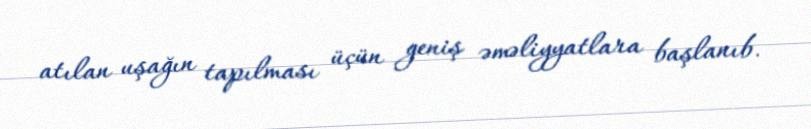
atılan uşağın tapılması üçün geniş əməliyyatlara başlanıb.